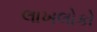
લાખલોકો